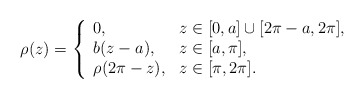
\begin{align*}\rho(z)=\left\{\begin{array}{ll}0,&z\in[0,a]\cup[2\pi-a,2\pi],\\b(z-a),&z\in[a,\pi],\\\rho(2\pi-z),&z\in[\pi,2\pi].\end{array}\right.\end{align*}